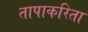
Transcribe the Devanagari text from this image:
तापाकरिता